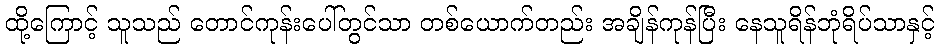
ထို့ကြောင့် သူသည် တောင်ကုန်းပေါ်တွင်သာ တစ်ယောက်တည်း အချိန်ကုန်ပြီး နေသူရိန်ဘုံရိပ်သာနှင့်